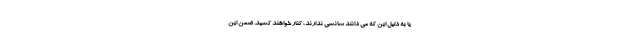
یا به دلیل این که می دانند شانسی ندارند، کنار خواهند کشید. ضمن این